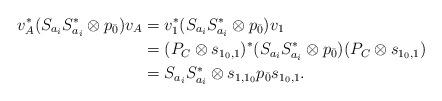
LaTeX: \begin{align*}v_A^*(S_{a_i}S_{a_i}^*\otimes p_{\bar{0}}) v_A & = v_1^* (S_{a_i}S_{a_i}^*\otimes p_{\bar{0}})v_1 \\& = (P_C \otimes s_{1_0,1})^* (S_{a_i}S_{a_i}^*\otimes p_{\bar{0}}) (P_C \otimes s_{1_0,1}) \\ & = S_{a_i}S_{a_i}^*\otimes s_{1,1_0}p_{\bar{0}} s_{1_0,1}.\end{align*}